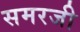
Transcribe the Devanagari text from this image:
समरजी